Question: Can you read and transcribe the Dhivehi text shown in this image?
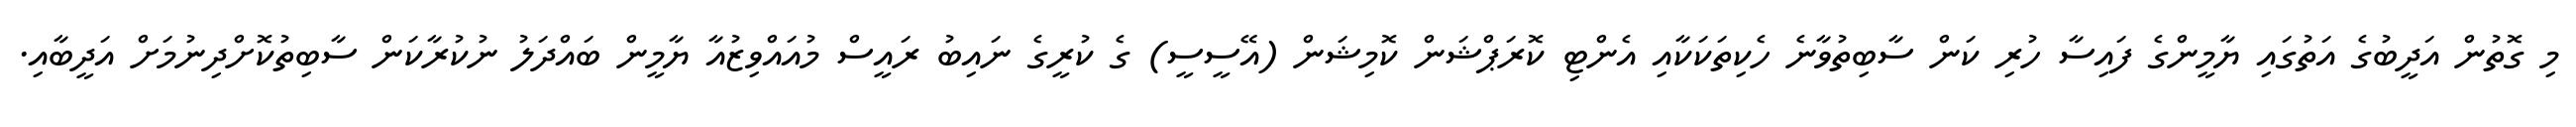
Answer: މި ގޮތުން އަދީބުގެ އަތުގައި ޔާމީންގެ ފައިސާ ހުރި ކަން ސާބިތުވާނެ ހެކިތަކަކާއި އެންޓި ކޮރަޕްޝަން ކޮމިޝަން (އޭސީސީ) ގެ ކުރީގެ ނައިބު ރައީސް މުއައްވިޒުއާ ޔާމީން ބައްދަލު ނުކުރާކަން ސާބިތުކޮށްދިނުމަށް އަދީބާއި.